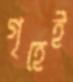
গৃহেই